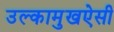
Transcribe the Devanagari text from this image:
उल्कामुखऐसी